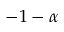
- 1 - \alpha